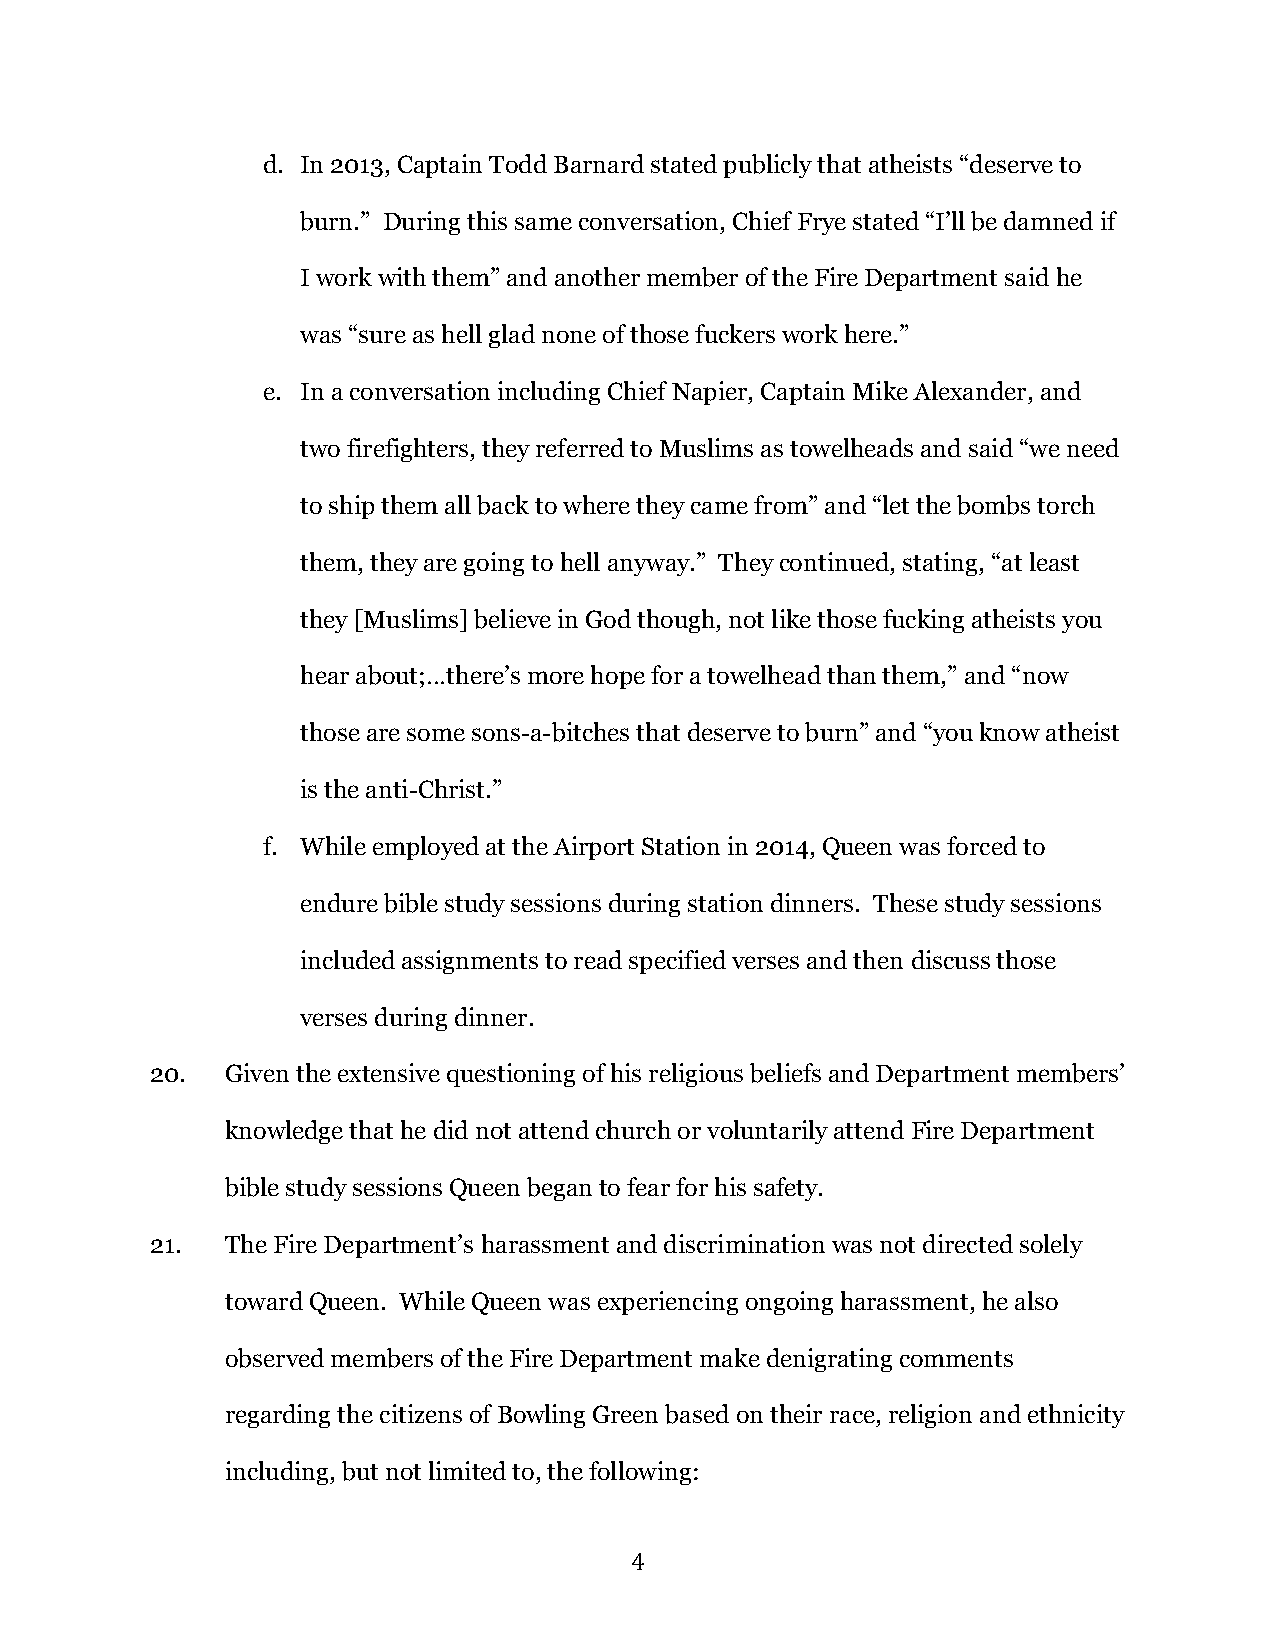
d. In 2013, Captain Todd Barnard stated publicly that atheists “deserve to
 burn.” During this same conversation, Chief Frye stated “I’ll be damned if
 I work with them” and another member of the Fire Department said he
 was “sure as hell glad none of those fuckers work here.”
 e. In a conversation including Chief Napier, Captain Mike Alexander, and
 two firefighters, they referred to Muslims as towelheads and said “we need
 to ship them all back to where they came from” and “let the bombs torch
 them, they are going to hell anyway.” They continued, stating, “at least
 they [Muslims] believe in God though, not like those fucking atheists you
 hear about;…there’s more hope for a towelhead than them,” and “now
 those are some sons-a-bitches that deserve to burn” and “you know atheist
 is the anti-Christ.”
 f. While employed at the Airport Station in 2014, Queen was forced to
 endure bible study sessions during station dinners. These study sessions
 included assignments to read specified verses and then discuss those
 verses during dinner.
 20.  Given the extensive questioning of his religious beliefs and Department members’
 knowledge that he did not attend church or voluntarily attend Fire Department
 bible study sessions Queen began to fear for his safety.
 21.  The Fire Department’s harassment and discrimination was not directed solely
 toward Queen. While Queen was experiencing ongoing harassment, he also
 observed members of the Fire Department make denigrating comments
 regarding the citizens of Bowling Green based on their race, religion and ethnicity
 including, but not limited to, the following:
 4